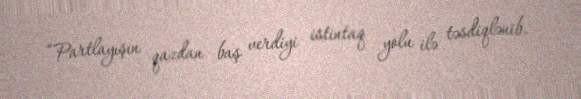
“Partlayışın qazdan baş verdiyi istintaq yolu ilə təsdiqlənib.